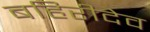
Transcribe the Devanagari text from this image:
बहिरीदेव